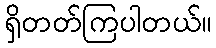
ရှိတတ်ကြပါတယ်။